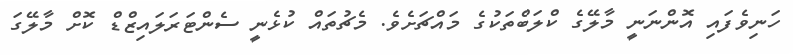
ހަނިވެފައި އޮންނަނީ މާލޭގެ ކްލަބްތަކުގެ މައްޗަށެވެ. މެޗުތައް ކުޅެނީ ސެންޓަރަލައިޒްޑް ކޮށް މާލޭގަ